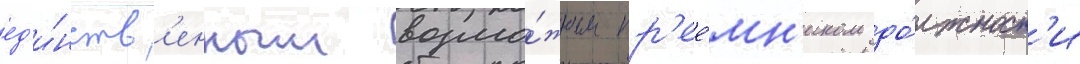
ед'и́нств'енным возмо́жным пр'ее́мн'иком до́лжност'и